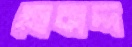
মোকাদ্দ